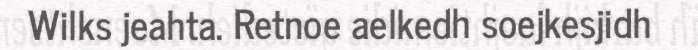
Wilks jeahta. Retnoe aelkedh soejkesjidh